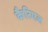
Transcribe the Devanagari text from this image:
कैरिएज